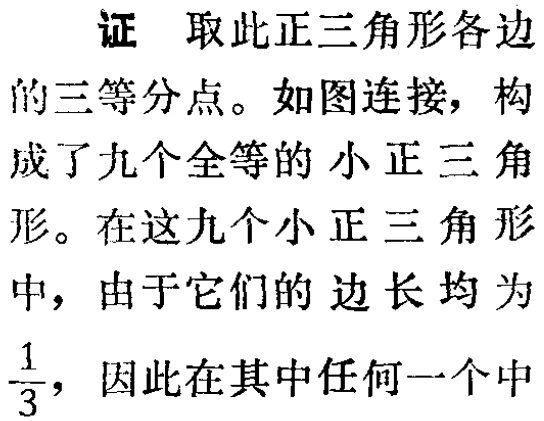
证 取此正三角形各边的三等分点。如图连接，构成了九个全等的小正三角形。在这九个小正三角形中，由于它们的边长均为$\frac{1}{3}$，因此在其中任何一个中